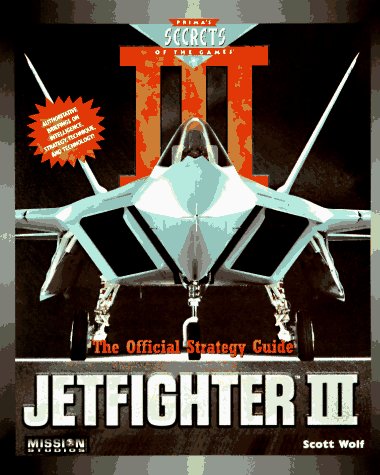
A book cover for Jetfighter III: The Official Strategy Guide (Secrets of the Games Series); Scott Wolf; Science Fiction & Fantasy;